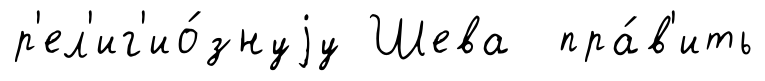
р'ел'иг'ио́знуjу Шева пра́в'ить